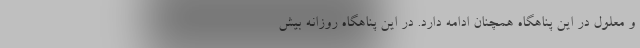
و معلول در این پناهگاه همچنان ادامه دارد. در این پناهگاه روزانه بیش